Heimtali_vallavalitsus, lk 5
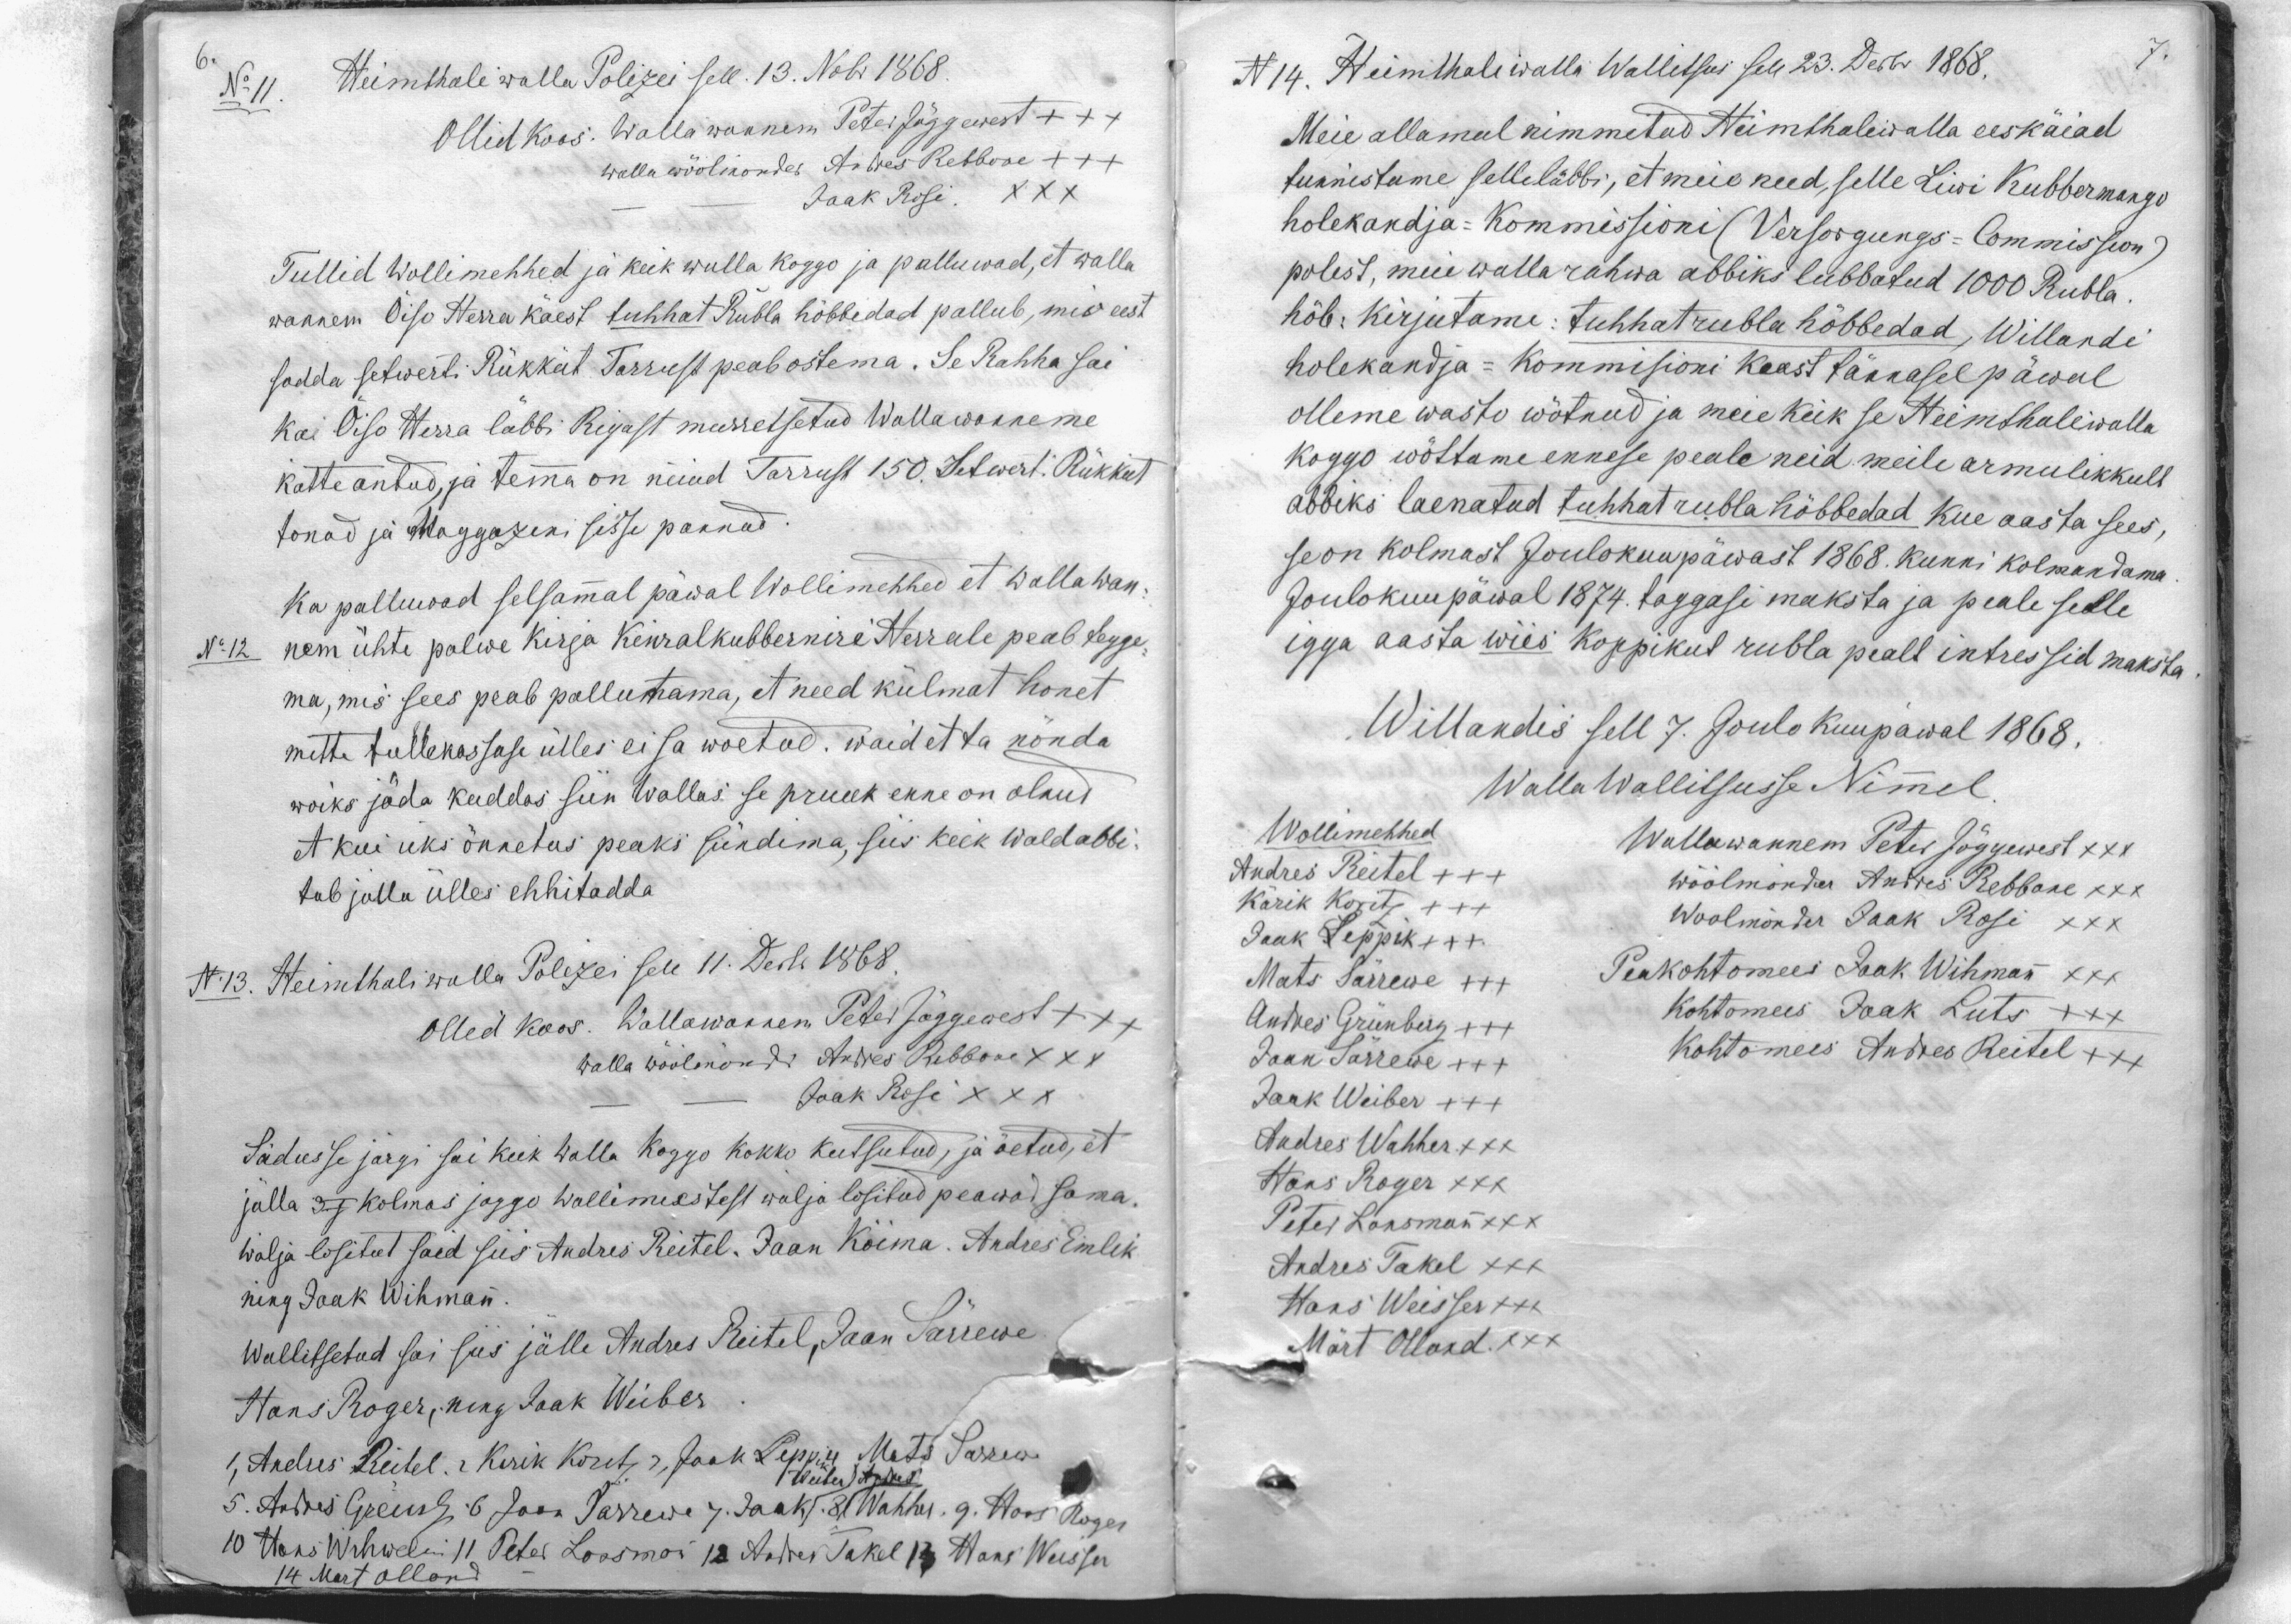
No 11. Heimthali walla Polizei sell 13. Nobr. 1868.
Ollid koos: Wallawannem Peter Jõggewest +++
walla wöölmonder Andres Rebbane +++
Jaak Rosi XXX
Tullid Wollimehhed ja keik walla koggo ja palluwad, et walla
wannem Õisu Herra käest tuhhat Rubla hõbbedad pallub, mis eest
sedda setwerti Rükkist Tarrest peab ostema. Se Rahha sai
Ka Õiso Herra läbbi Rijast murretsetud Wallawanneme
kätteantud, ja tema on nüüd Tarrust 150. Setwert. Rükkist
tonad ja Maggazeni sisse pannud.
Ka palluwad selsamal päwal Wollimehhed et wallawan-
No 12 nem ühte palwe kirja Kinralkubberniri Herrale peab tegge-
ma, mis sees peab pallutama, et need külmat honet
mitte tullekassase ülles ei sa woetud. waid et ta nõnda
woiks jäda kuddas siin wallas se pruuk enne on olnud
et kui üks õnnetus peaks sündima, siis keik wald abbi-
tab jälle ülles ehhitadda.
N 13. Heimthali walla Polizei sell 11. Dets. 1868.
Olled koos. Wallawannem Peter Jõggewest +++
walla wöölmõndr Andres Rebbane XXX
Jaak Rosi XXX
Säduse järgi sai keik walla koggo kokko kutsutud, ja õetud, et
jätta 3 j kolmas jaggo Wollimeestest wälja lositud peawad sama.
wälja lositut said siis Andres Reitel. Jaan Köima. Andres Emlik
ning Jaak Wihman
Wallitsetud sai siis jälle Andres Reitel, Jaan Särrewe
Hans Roger, ning Jaak Weiber
1, Andus Reidel. 2.Kerik Koretz, 3. Jaak Leppik 4. Mats Sarrew
5. Andres Greush G. 6, Jaan Särrewe 7. Jaak 8. Wahher. 9. Hans Roger
10 Hans Wihwelin: 11 Peter Länsman 12 Andres Takel 13 Hans Weisser
14 Mart Olland

N 14. Heimthali walla Walitsus sel 23. Dets. 1868.
Meie allamul nimmitud Heimthaliwalla eeskäiad
tunnistume selle läbbi, et meie need, selle Liivi Kubbermangu
holekandja-Kommissioni (Versorgungs-Commission)
polest, meie wallarahwa abbiks lubbatud 1000 Rubla.
hõb: kirjutame: tuhhat rubla hõbbedad, Willandi
holekandja-Kommisioni keast tännasel päwal
olleme wasto wõtnud ja meie keik se Heimthaliwalla
koggo wõttame ennese peale neid meile armulikkult
abbiks laenatud tuhhat rubla hõbbedad kue aasta sees,
se on kolmast Joulokuupäwast 1868. kunni kolmandama
Joulokuupäwal 1874. taggasi maksta ja peale selle
igga aasta wiis koppikut rubla pealt intressid maksta
Willandis sell 7. Joulo Kuupäeval 1868.
Walla Wallitsusse Nimel.
Wollimehhed
Wallawannem Peter Jõggewest XXX
Andres Reitel XXX
Kärik Koritz XXX
wöölmönder Andres Rebbane XXX
Jaak Leppik XXX
Woolmönder Jaak Rosi XXX
Mats Särrewe XXX
Peakohtomees Jaak Wihman xxx
Andres Grünberg XXX
Kohtomees Jaak Luts XXX
Jaan Järrewe XXX
Kohtomees Andres Reitel +++
Jaak Weiber XXX
Andres Wahher XXX
Hans Roger XXX
Peter Länsman XXX
Andres Takel XXX
Hans Weisser +++
Märt Olland XXX